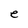
Character: e